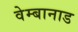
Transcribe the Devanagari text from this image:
वेम्बानाड